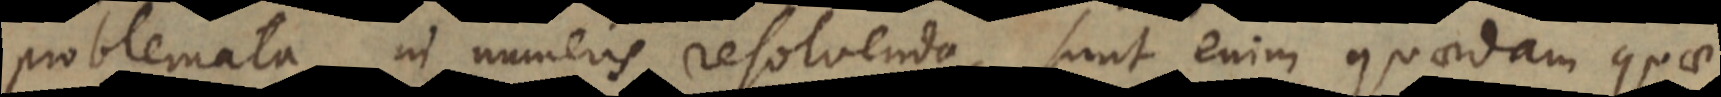
problemata in numeris resolvenda, sunt enim quaedam quae